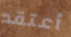
أعتقد